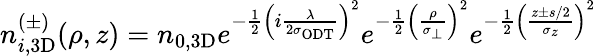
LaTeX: n_{i,\mathrm{3D}}^{(\pm)}(\rho,z)=n_{0,\mathrm{3D}}e^{-\frac{1}{2}\left(i\frac{\lambda}{2\sigma_{\mathrm{{ODT}}}}\right)^{2}}e^{-\frac{1}{2}\left(\frac{\rho}{\sigma_{\perp}}\right)^{2}}e^{-\frac{1}{2}\left(\frac{z\pm s/2}{\sigma_{z}}\right)^{2}}